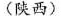
(陕西)